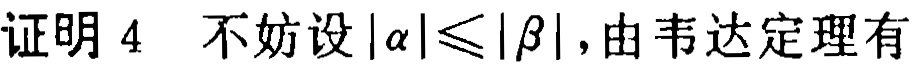
证明 4 不妨设\(|\alpha|\leqslant|\beta|\)，由韦达定理有